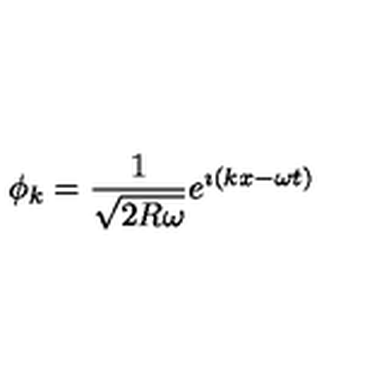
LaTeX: \phi _ { k } = { \frac { 1 } { \sqrt { 2 R \omega } } } e ^ { \imath ( k x - \omega t ) }